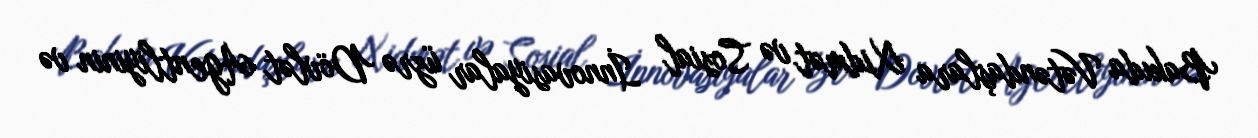
Bakıda Vətəndaşlara Xidmət və Sosial İnnovasiyalar üzrə Dövlət Agentliyinin və